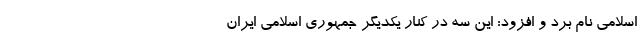
اسلامی نام برد و افزود: این سه در کنار یکدیگر جمهوری اسلامی ایران